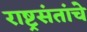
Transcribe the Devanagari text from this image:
राष्ट्रसंतांचे